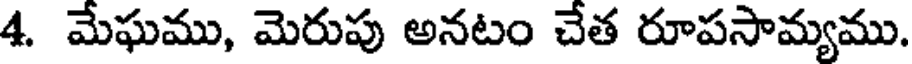
4. మేఘము, మెరుపు అనటం చేత రూపసామ్యము.